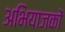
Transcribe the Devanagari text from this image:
अभियाजकों